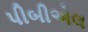
પીબીએલ